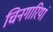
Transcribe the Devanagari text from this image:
चिनगारियां